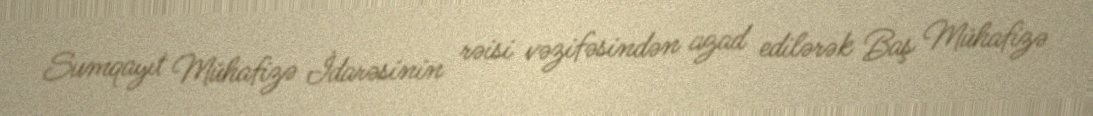
Sumqayıt Mühafizə İdarəsinin rəisi vəzifəsindən azad edilərək Baş Mühafizə